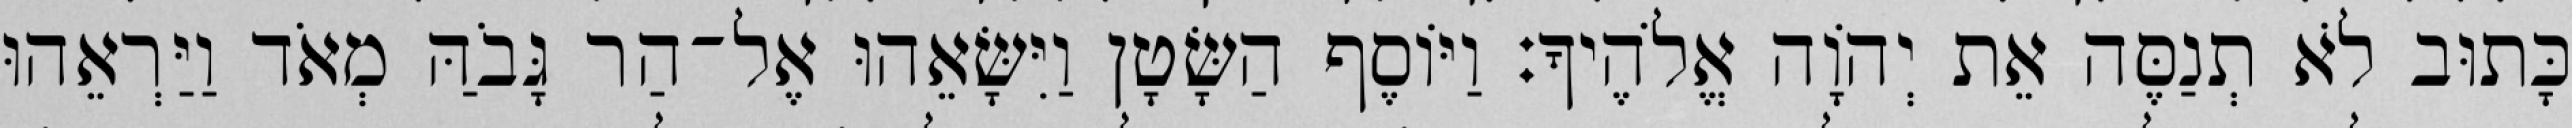
כָּתוּב לֹא תְנַסֶּה אֵת יְהוָֹה אֱלֹהֶיךָ׃ וַיּוֹסֶף הַשָּׂטָן וַיִּשָּׂאֵהוּ אֶל־הַר גָּבֹהַּ מְאֹד וַיַּרְאֵהוּ